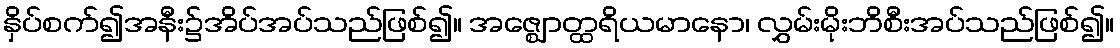
နှိပ်စက်၍အနီး၌အိပ်အပ်သည်ဖြစ်၍။ အဇ္ဈောတ္ထရိယမာနော၊ လွှမ်းမိုးဘိစီးအပ်သည်ဖြစ်၍။